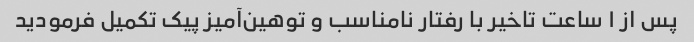
پس از ۱ ساعت تاخیر با رفتار نامناسب و توهین‌آمیز پیک تکمیل فرمودید